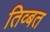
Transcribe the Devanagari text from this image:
तिव्बत